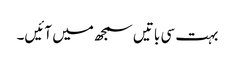
بہت سی باتیں سمجھ میں آئیں۔